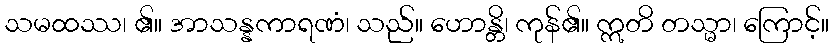
သမထဿ၊ ၏။ အာသန္နကာရဏံ၊ သည်။ ဟောန္တိ၊ ကုန်၏။ ဣတိ တသ္မာ၊ ကြောင့်။